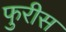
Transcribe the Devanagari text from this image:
फुरीस